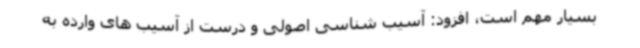
بسیار مهم است، افزود: آسیب شناسی اصولی و درست از آسیب های وارده به